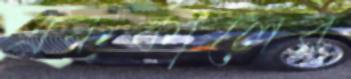
এককালের